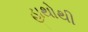
હાથોથી